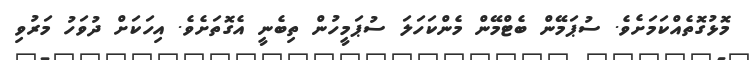
މޮޅުގޮތެއްކަމަށެވެ. ސުޕަމޭން ބެޓްމޭން މެންކަހަލަ ސުޕަމީހުން ތިބެނީ އެގޮތަށެވެ. އިހަކަށް ދުވަހު މަރުވި